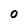
Character: 0